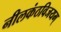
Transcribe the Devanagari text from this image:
नीलकंठविजयम्